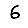
Digit: 6